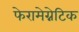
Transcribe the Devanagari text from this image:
फेरामेग्नेटिक